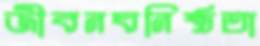
জীবনঘনিষ্ঠতা